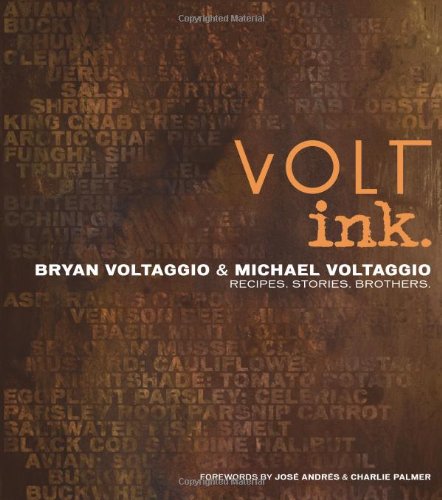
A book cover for VOLT ink.: Recipes, Stories, Brothers; Bryan and Michael Voltaggio; Cookbooks, Food & Wine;